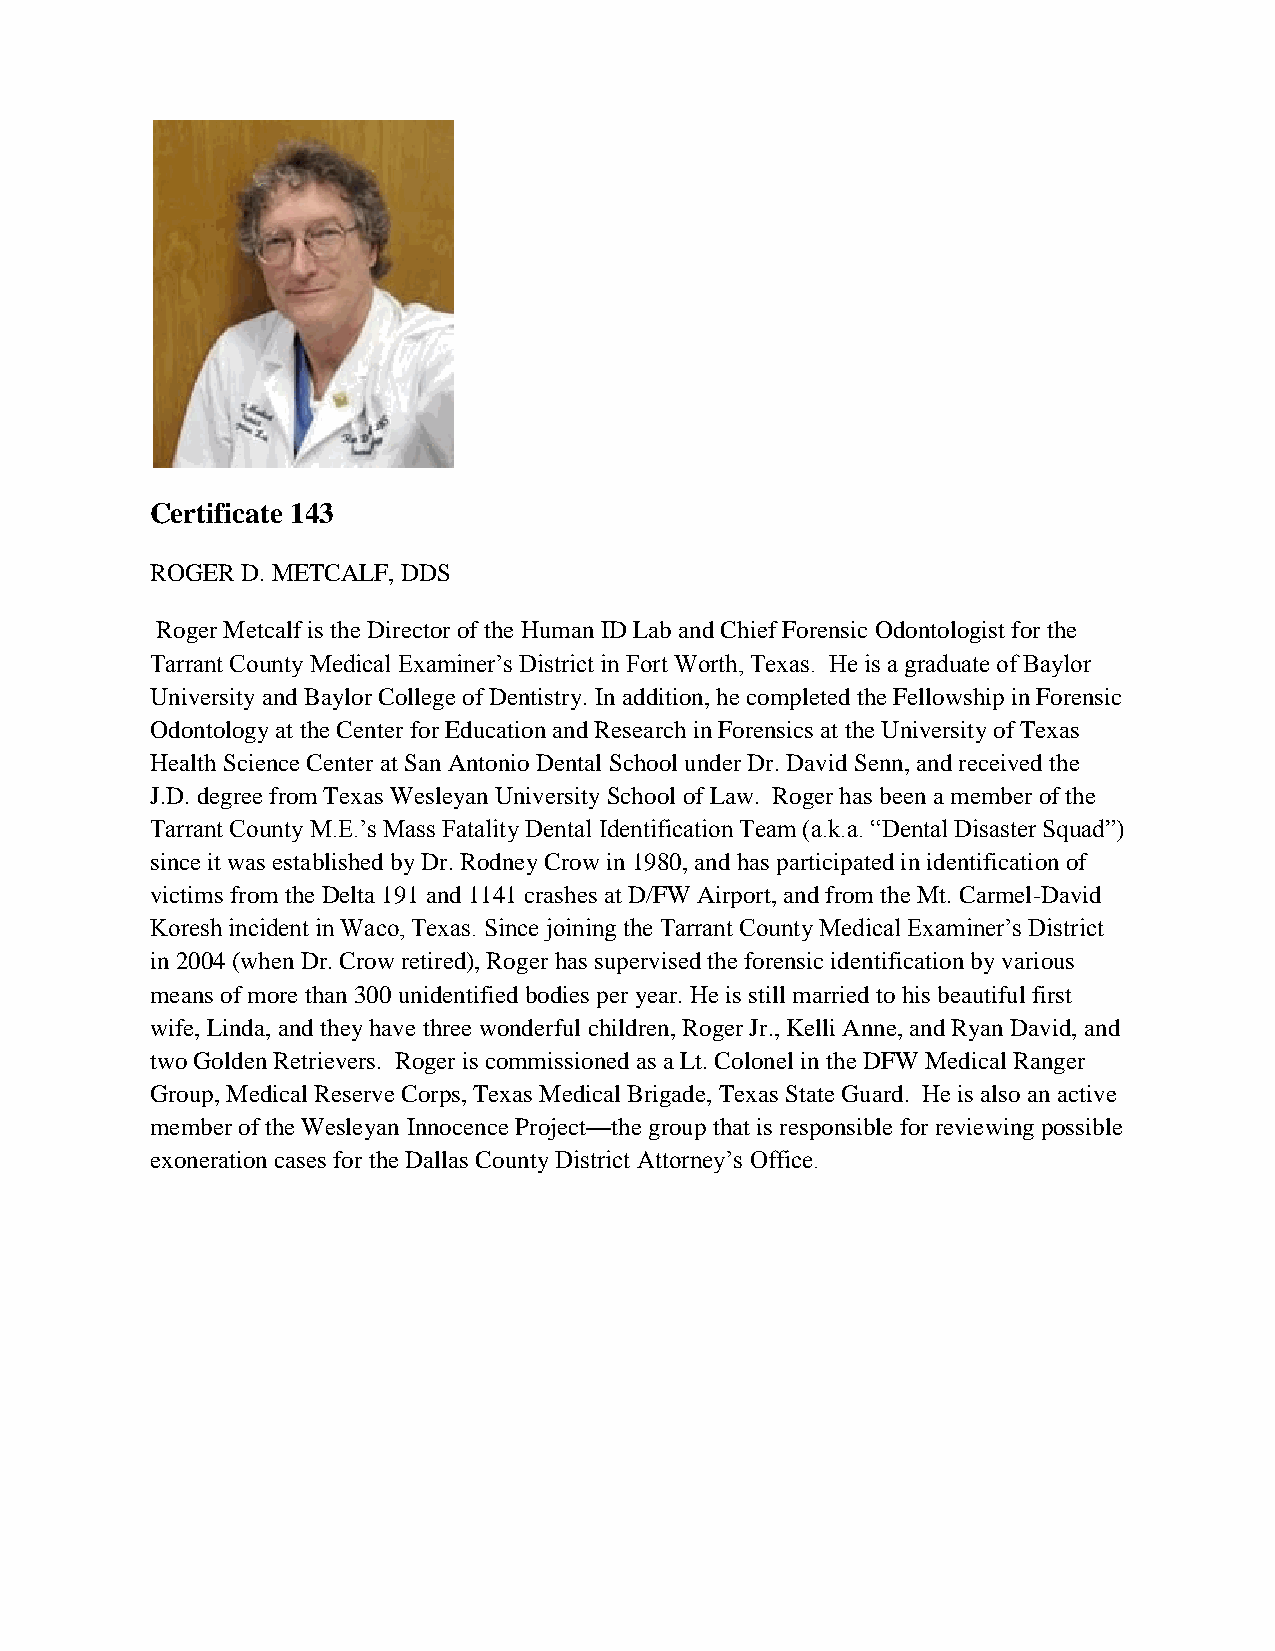
Certificate 143
 ROGER D. METCALF, DDS
 Roger Metcalf is the Director of the Human ID Lab and Chief Forensic Odontologist for the
 Tarrant County Medical Examiner’s District in Fort Worth, Texas. He is a graduate of Baylor
 University and Baylor College of Dentistry. In addition, he completed the Fellowship in Forensic
 Odontology at the Center for Education and Research in Forensics at the University of Texas
 Health Science Center at San Antonio Dental School under Dr. David Senn, and received the
 J.D. degree from Texas Wesleyan University School of Law. Roger has been a member of the
 Tarrant County M.E.’s Mass Fatality Dental Identification Team (a.k.a. “Dental Disaster Squad”)
 since it was established by Dr. Rodney Crow in 1980, and has participated in identification of
 victims from the Delta 191 and 1141 crashes at D/FW Airport, and from the Mt. Carmel-David
 Koresh incident in Waco, Texas. Since joining the Tarrant County Medical Examiner’s District
 in 2004 (when Dr. Crow retired), Roger has supervised the forensic identification by various
 means of more than 300 unidentified bodies per year. He is still married to his beautiful first
 wife, Linda, and they have three wonderful children, Roger Jr., Kelli Anne, and Ryan David, and
 two Golden Retrievers. Roger is commissioned as a Lt. Colonel in the DFW Medical Ranger
 Group, Medical Reserve Corps, Texas Medical Brigade, Texas State Guard. He is also an active
 member of the Wesleyan Innocence Project—the group that is responsible for reviewing possible
 exoneration cases for the Dallas County District Attorney’s Office.